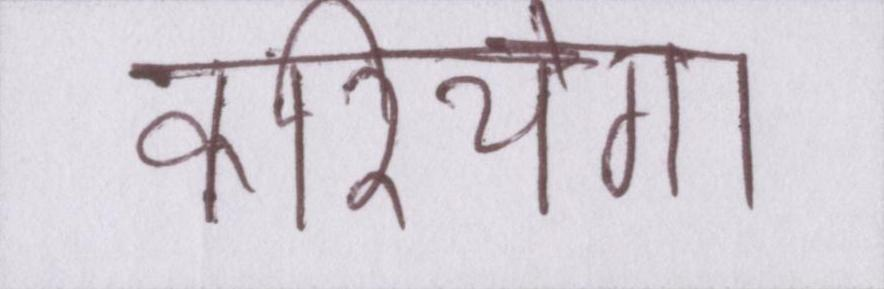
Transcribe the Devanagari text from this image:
करियेगा